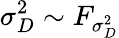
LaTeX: \sigma_{D}^{2}\sim F_{\sigma_{D}^{2}}